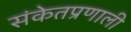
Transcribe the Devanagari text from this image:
संकेतप्रणाली